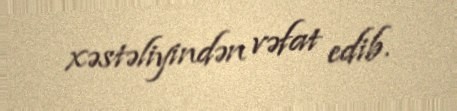
xəstəliyindən vəfat edib.